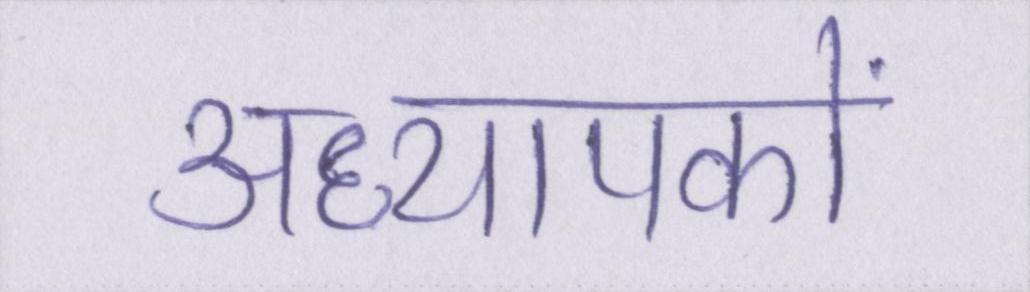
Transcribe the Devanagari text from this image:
अध्यापकों